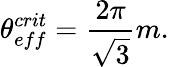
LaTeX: \theta_{eff}^{crit}=\frac{2\pi}{\sqrt{3}}m.